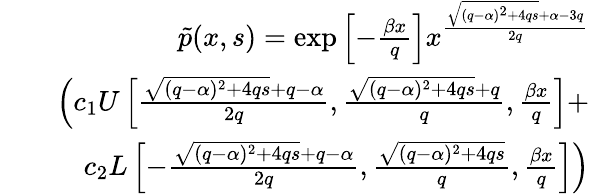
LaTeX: \begin{array}{rlr}&{}&{\tilde{p}(x,s)=\exp\left[-\frac{\beta x}{q}\right]x^{\frac{\sqrt{(q-\alpha)^{2}+4qs}+\alpha-3q}{2q}}}\\ &{}&{\left(c_{1}U\left[\frac{\sqrt{(q-\alpha)^{2}+4qs}+q-\alpha}{2q},\frac{\sqrt{(q-\alpha)^{2}+4qs}+q}{q},\frac{\beta x}{q}\right]+\right.}\\ &{}&{\left.c_{2}L\left[-\frac{\sqrt{(q-\alpha)^{2}+4qs}+q-\alpha}{2q},\frac{\sqrt{(q-\alpha)^{2}+4qs}}{q},\frac{\beta x}{q}\right]\right)}\end{array}